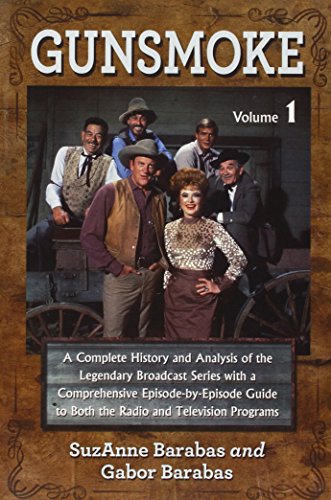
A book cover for Gunsmoke 2 Volume Set: A Complete History and Analysis of the Legendary Broadcast Series with a Comprehensive Episode-By-Episode Guide to Bot; Suzanne Barabas; Humor & Entertainment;